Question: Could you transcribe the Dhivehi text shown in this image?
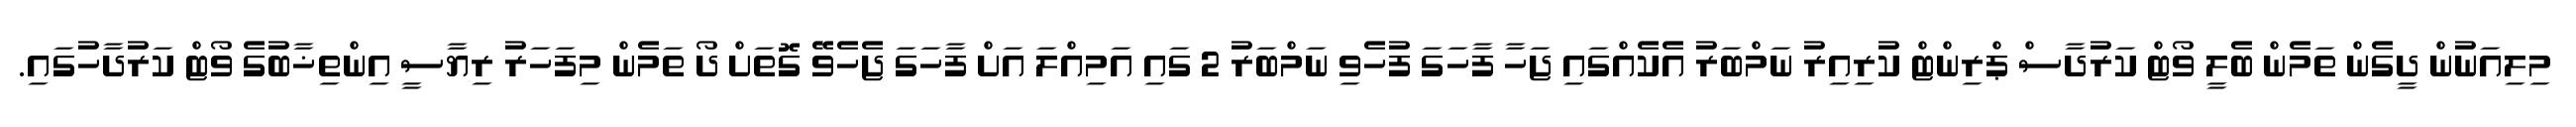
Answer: މިލިއަނުން ދީގެން ތަމެން ބެލީ ވޯޓް ކަރުދާސް ޕްރިންޓް ކުރިއިރު ނަމްބަރު އެކެއްގައި ޖަހާ ފާހަގަ ފުހެވި ނަމްބަރު 2 ގައި އަމިއްލަ އަށް ފާހަގަ ޖެހެވޭ ގޮތަށް ދޯ ތަމެން މިފަހަރު ރިޔާސީ އިންތިޚާބުގެ ވޯޓް ކަރުދާހުގައި.